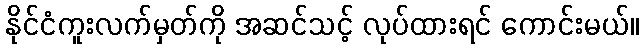
နိုင်ငံကူးလက်မှတ်ကို အဆင်သင့် လုပ်ထားရင် ကောင်းမယ်။